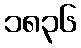
၁၈၃၆